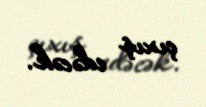
çıxış edəcək.